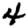
Digit: 4